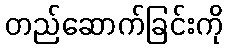
တည်ဆောက်ခြင်းကို